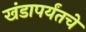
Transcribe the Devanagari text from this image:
खंडापर्यंतचे